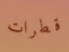
قطرات